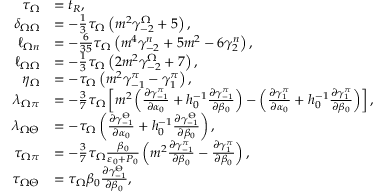
\begin{array} { r l } { \tau _ { \Omega } } & { = t _ { R } , } \\ { \delta _ { \Omega \Omega } } & { = - \frac { 1 } { 3 } \tau _ { \Omega } \left( m ^ { 2 } \gamma _ { - 2 } ^ { \Omega } + 5 \right) , } \\ { \ell _ { \Omega n } } & { = - \frac { 6 } { 3 5 } \tau _ { \Omega } \left( m ^ { 4 } \gamma _ { - 2 } ^ { n } + 5 m ^ { 2 } - 6 \gamma _ { 2 } ^ { n } \right) , } \\ { \ell _ { \Omega \Omega } } & { = - \frac { 1 } { 3 } \tau _ { \Omega } \left( 2 m ^ { 2 } \gamma _ { - 2 } ^ { \Omega } + 7 \right) , } \\ { \eta _ { \Omega } } & { = - \tau _ { \Omega } \left( m ^ { 2 } \gamma _ { - 1 } ^ { \pi } - \gamma _ { 1 } ^ { \pi } \right) , } \\ { \lambda _ { \Omega \pi } } & { = - \frac { 3 } { 7 } \tau _ { \Omega } \left[ m ^ { 2 } \left( \frac { \partial \gamma _ { - 1 } ^ { \pi } } { \partial \alpha _ { 0 } } + h _ { 0 } ^ { - 1 } \frac { \partial \gamma _ { - 1 } ^ { \pi } } { \partial \beta _ { 0 } } \right) - \left( \frac { \partial \gamma _ { 1 } ^ { \pi } } { \partial \alpha _ { 0 } } + h _ { 0 } ^ { - 1 } \frac { \partial \gamma _ { 1 } ^ { \pi } } { \partial \beta _ { 0 } } \right) \right] , } \\ { \lambda _ { \Omega \Theta } } & { = - \tau _ { \Omega } \left( \frac { \partial \gamma _ { - 1 } ^ { \Theta } } { \partial \alpha _ { 0 } } + h _ { 0 } ^ { - 1 } \frac { \partial \gamma _ { - 1 } ^ { \Theta } } { \partial \beta _ { 0 } } \right) , } \\ { \tau _ { \Omega \pi } } & { = - \frac { 3 } { 7 } \tau _ { \Omega } \frac { \beta _ { 0 } } { \varepsilon _ { 0 } + P _ { 0 } } \left( m ^ { 2 } \frac { \partial \gamma _ { - 1 } ^ { \pi } } { \partial \beta _ { 0 } } - \frac { \partial \gamma _ { 1 } ^ { \pi } } { \partial \beta _ { 0 } } \right) , } \\ { \tau _ { \Omega \Theta } } & { = \tau _ { \Omega } \beta _ { 0 } \frac { \partial \gamma _ { - 1 } ^ { \Theta } } { \partial \beta _ { 0 } } , } \end{array}